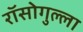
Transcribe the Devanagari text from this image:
रॉसोगुल्ला